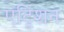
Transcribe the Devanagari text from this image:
एट्रिशन